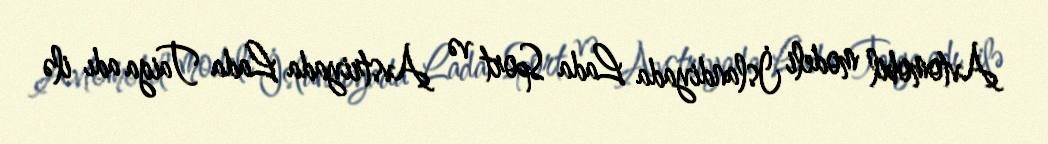
Avtomobil modeli İslandiyada Lada Sport və Avstriyada Lada Taiga adı ilə